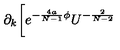
\partial _ { k } \biggl [ e ^ { - \frac { 4 a } { N - 1 } \phi } U ^ { - \frac { 2 } { N - 2 } }